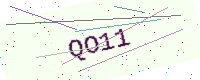
Text: QO11